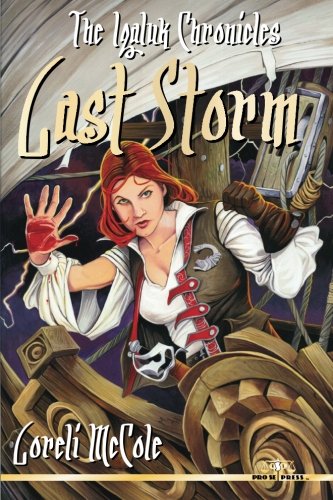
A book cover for The Iqaluk Chronicles: Last Storm; Loreli McCole; Science Fiction & Fantasy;